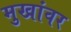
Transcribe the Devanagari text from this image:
मुखांवर